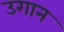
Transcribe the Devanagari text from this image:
उगान